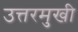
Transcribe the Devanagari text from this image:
उत्तरमुखी